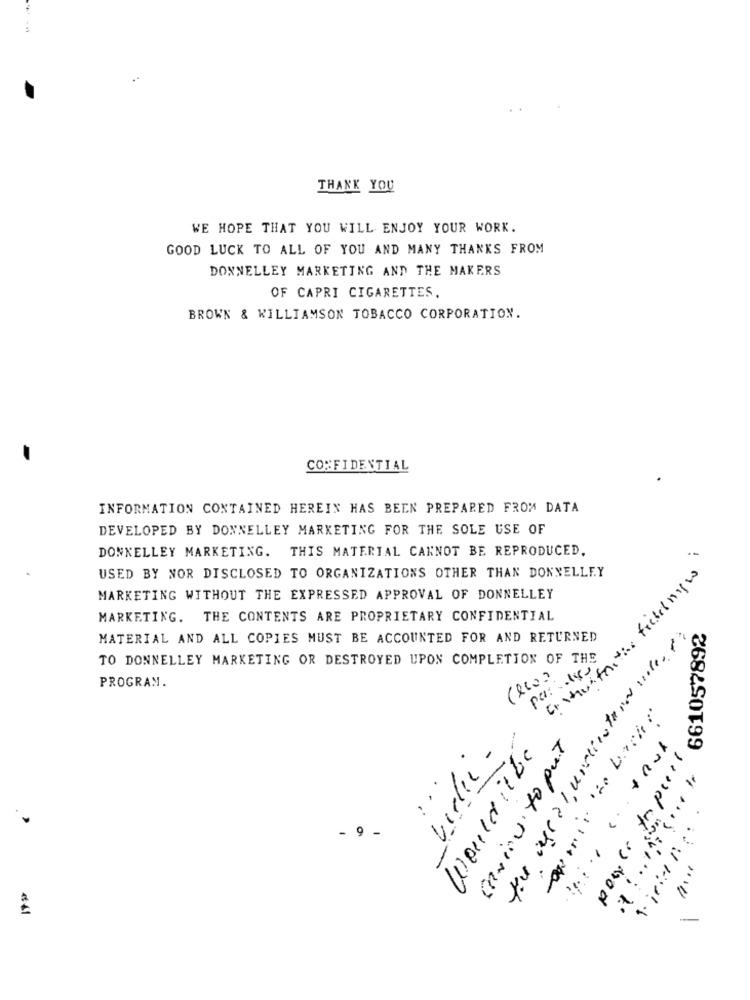
THANK YOU
WE HOPE THAT YOU WILL ENJOY YOUR WORK.
GOOD LUCK TO ALL OF YOU AND MANY THANKS FROM
DONNELLEY MARKETING AND THE MAKERS
OF CAPRI CIGARETTES.
BROWN & WILLIAMSON TOBACCO CORPORATION.
CONFIDENTIAL
INFORMATION CONTAINED HEREIN HAS BEEN PREPARED FROM DATA
DEVELOPED BY DONNELLEY MARKETING FOR THE SOLE USE OF
DONNELLEY MARKETING. THIS MATERIAL CANNOT BE REPRODUCED.
USED BY NOR DISCLOSED TO ORGANIZATIONS OTHER THAN DONNELLEY
MARKETING WITHOUT THE EXPRESSED APPROVAL OF DONNELLEY
MARKETING. THE CONTENTS ARE PROPRIETARY CONFIDENTIAL
the age al, unsilateral voler g:
661057892
MATERIAL AND ALL COPIES MUST BE ACCOUNTED FOR AND RETURNED
TO DONNELLEY MARKETING OR DESTROYED UPON COMPLETION OF THE
par ....
PROGRAM.
Enviou to put
Vielli.
Woulditbe
power to pues
- 9 -
1